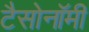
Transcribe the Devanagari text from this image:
टैसोनॉमी